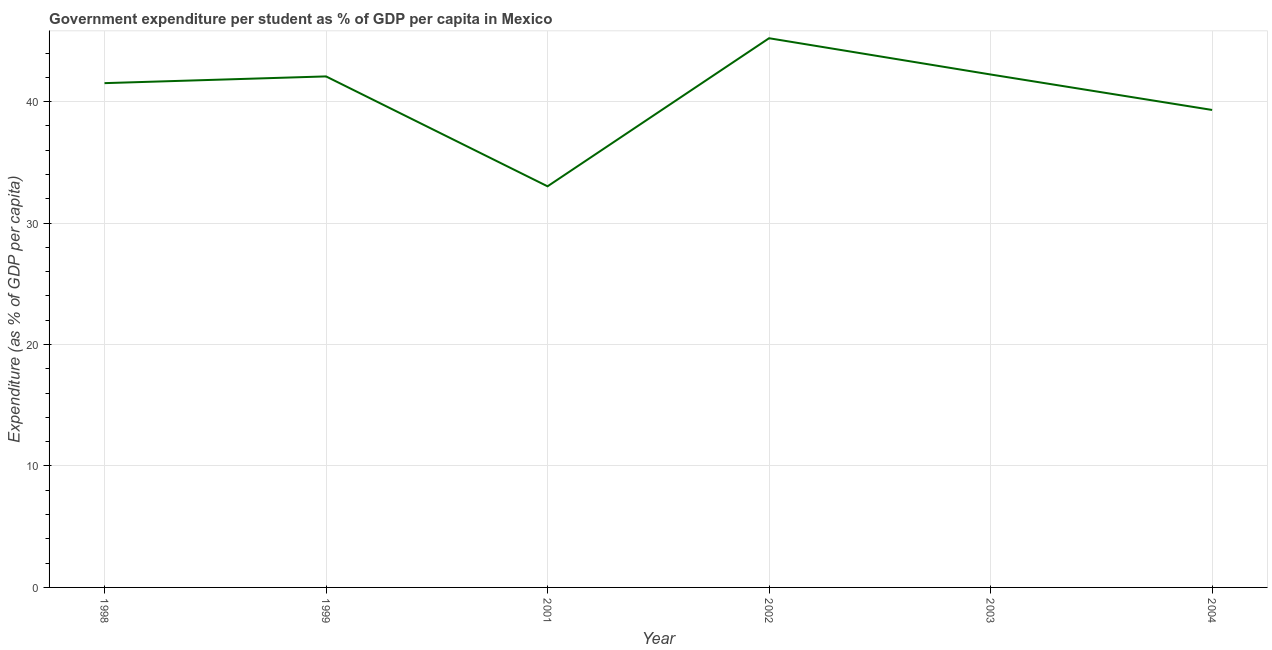
| Year | Government expenditure per tertiary student |
 | --- | --- |
 | 1998 | 41.5 |
 | 1999 | 42.1 |
 | 2001 | 33 |
 | 2002 | 45.2 |
 | 2003 | 42.2 |
 | 2004 | 39.3 |